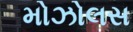
મોઝોલસ